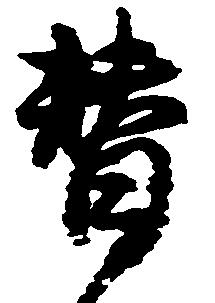
替